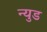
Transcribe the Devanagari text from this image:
न्युड